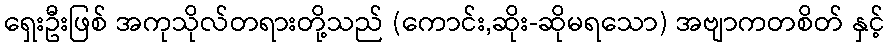
ရှေးဦးဖြစ် အကုသိုလ်တရားတို့သည် (ကောင်း,ဆိုး-ဆိုမရသော) အဗျာကတစိတ် နှင့်